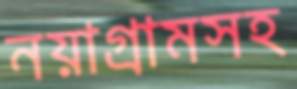
নয়াগ্রামসহ